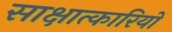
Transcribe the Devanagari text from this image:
साक्षात्कारियों